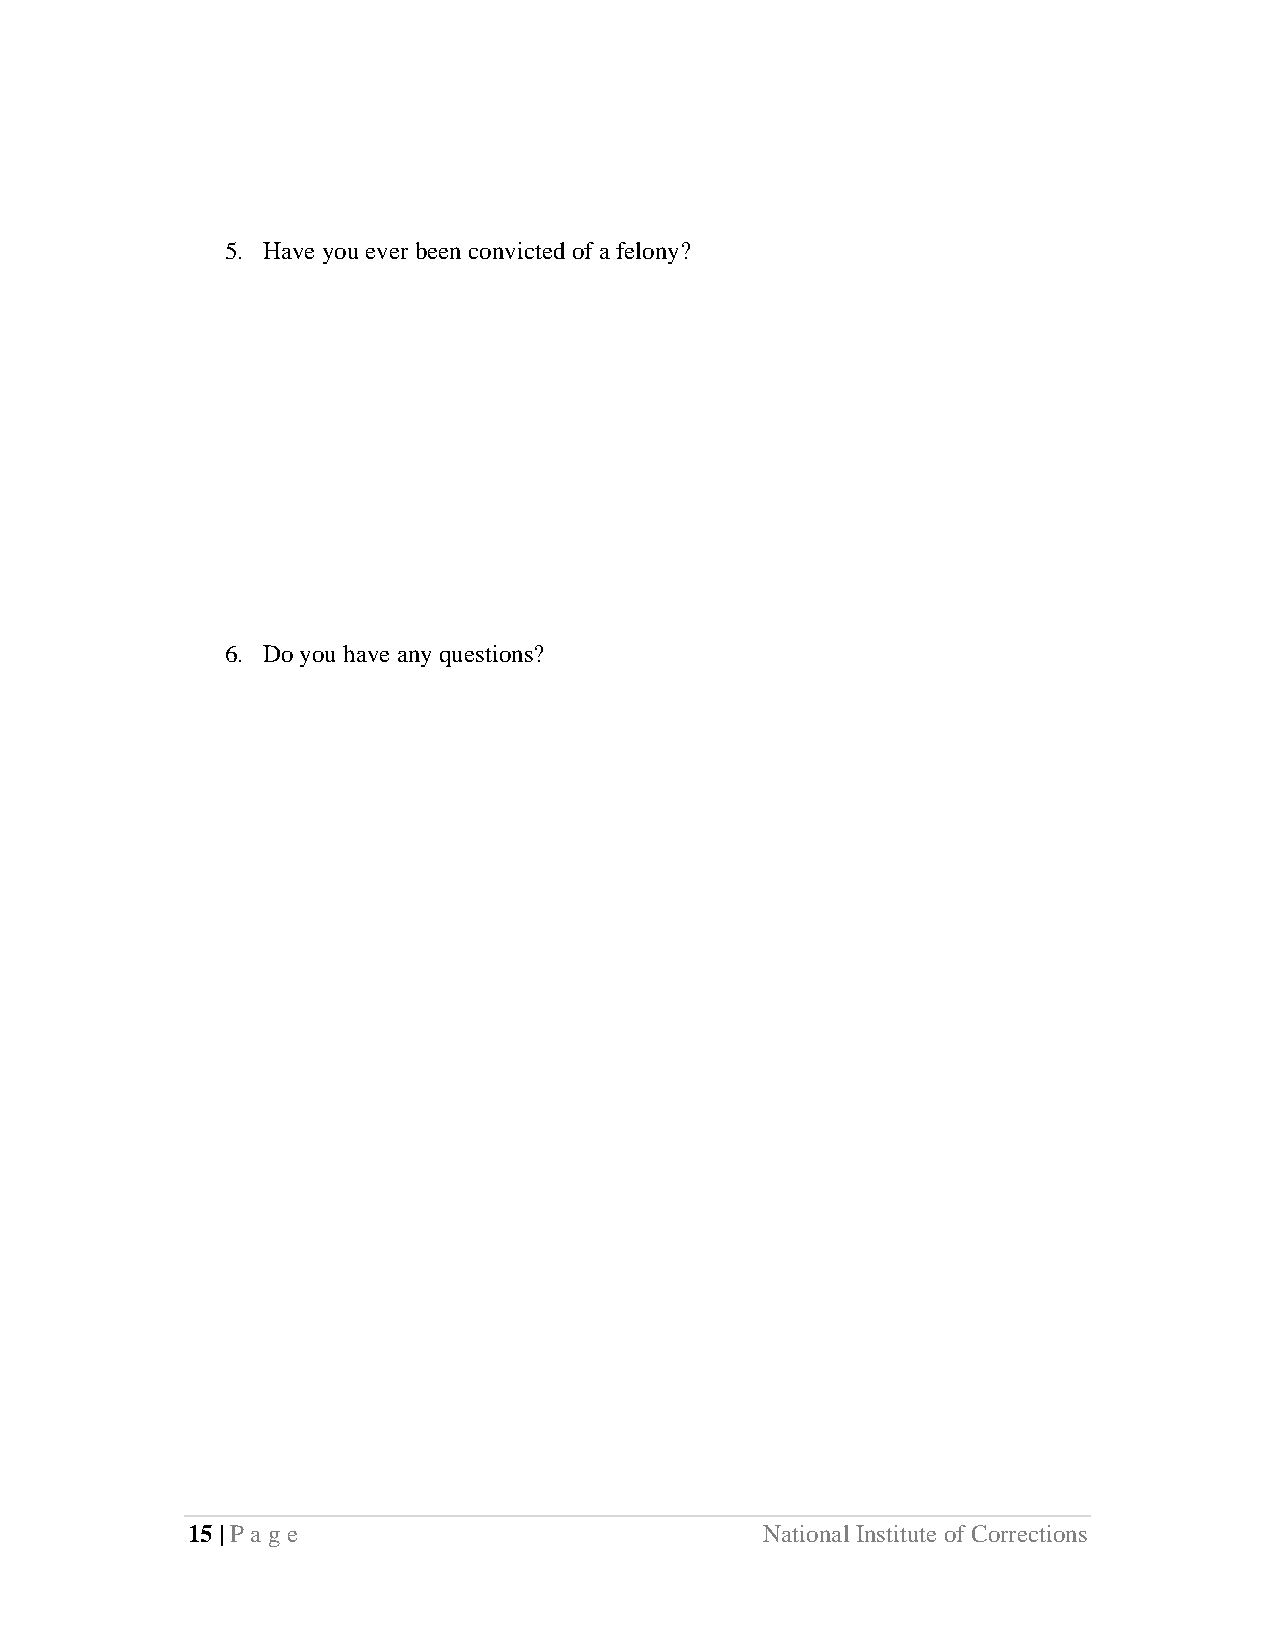
5. Have you ever been convicted of a felony?
 6. Do you have any questions?
 15 | Page                              National Institute of Corrections